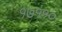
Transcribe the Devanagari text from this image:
१७११०